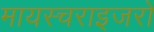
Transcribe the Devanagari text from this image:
मायस्चराइजरों